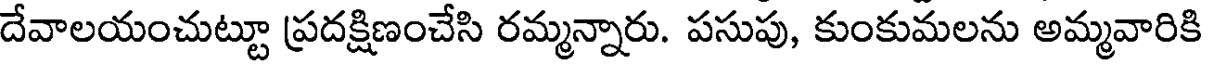
దేవాలయంచుట్టూ ప్రదక్షిణంచేసి రమ్మన్నారు. పసుపు, కుంకుమలను అమ్మవారికి